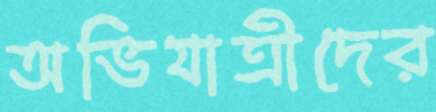
অভিযাত্রীদের